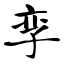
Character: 孪